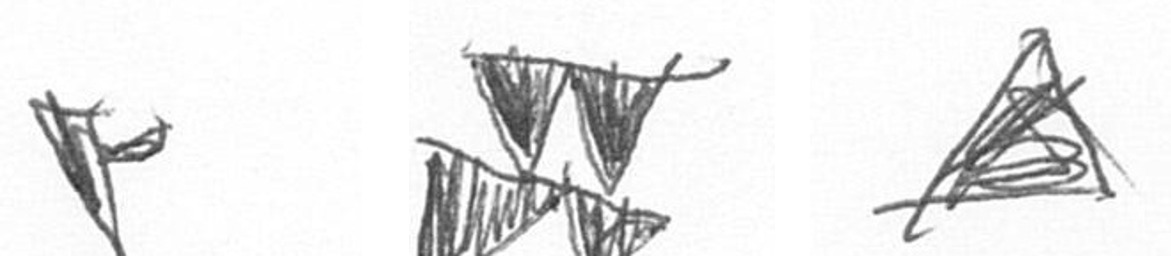
F B O